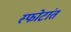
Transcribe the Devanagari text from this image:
स्फोटांत